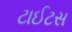
ટાઈટસ